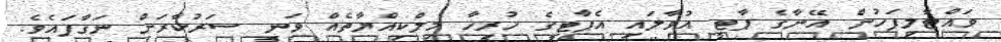
ވައްޓާލިފަހުން އޭނާގެ ޕާޓީ އުވާލައި އެޕާޓީގެ ހުރިހާ މިލްކިއްޔާތެއް ވަނީ ސަރުކާރަށް ނަގާފައެވެ.